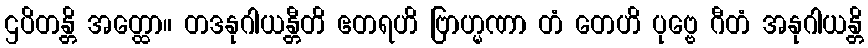
ဌပိတန္တိ အတ္ထော။ တဒနုဂါယန္တီတိ ဧတရဟိ ဗြာဟ္မဏာ တံ တေဟိ ပုဗ္ဗေ ဂီတံ အနုဂါယန္တိ